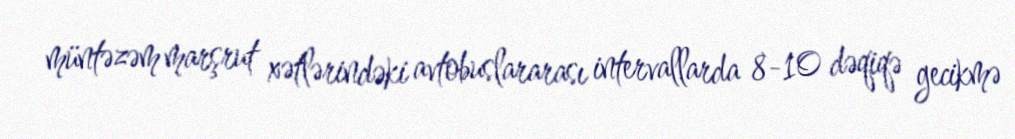
müntəzəm marşrut xətlərindəki avtobuslararası intervallarda 8-10 dəqiqə gecikmə